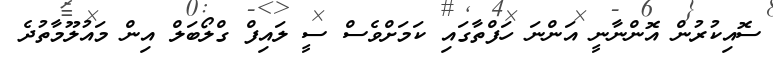
ސޮއިކުރުން އޮންނާނީ އަންނަަ ހަފްތާގައި ކަމަށްވެސް ސީ ލައިފް ގްލޯބަލް އިން މައުލޫމާތުދެ